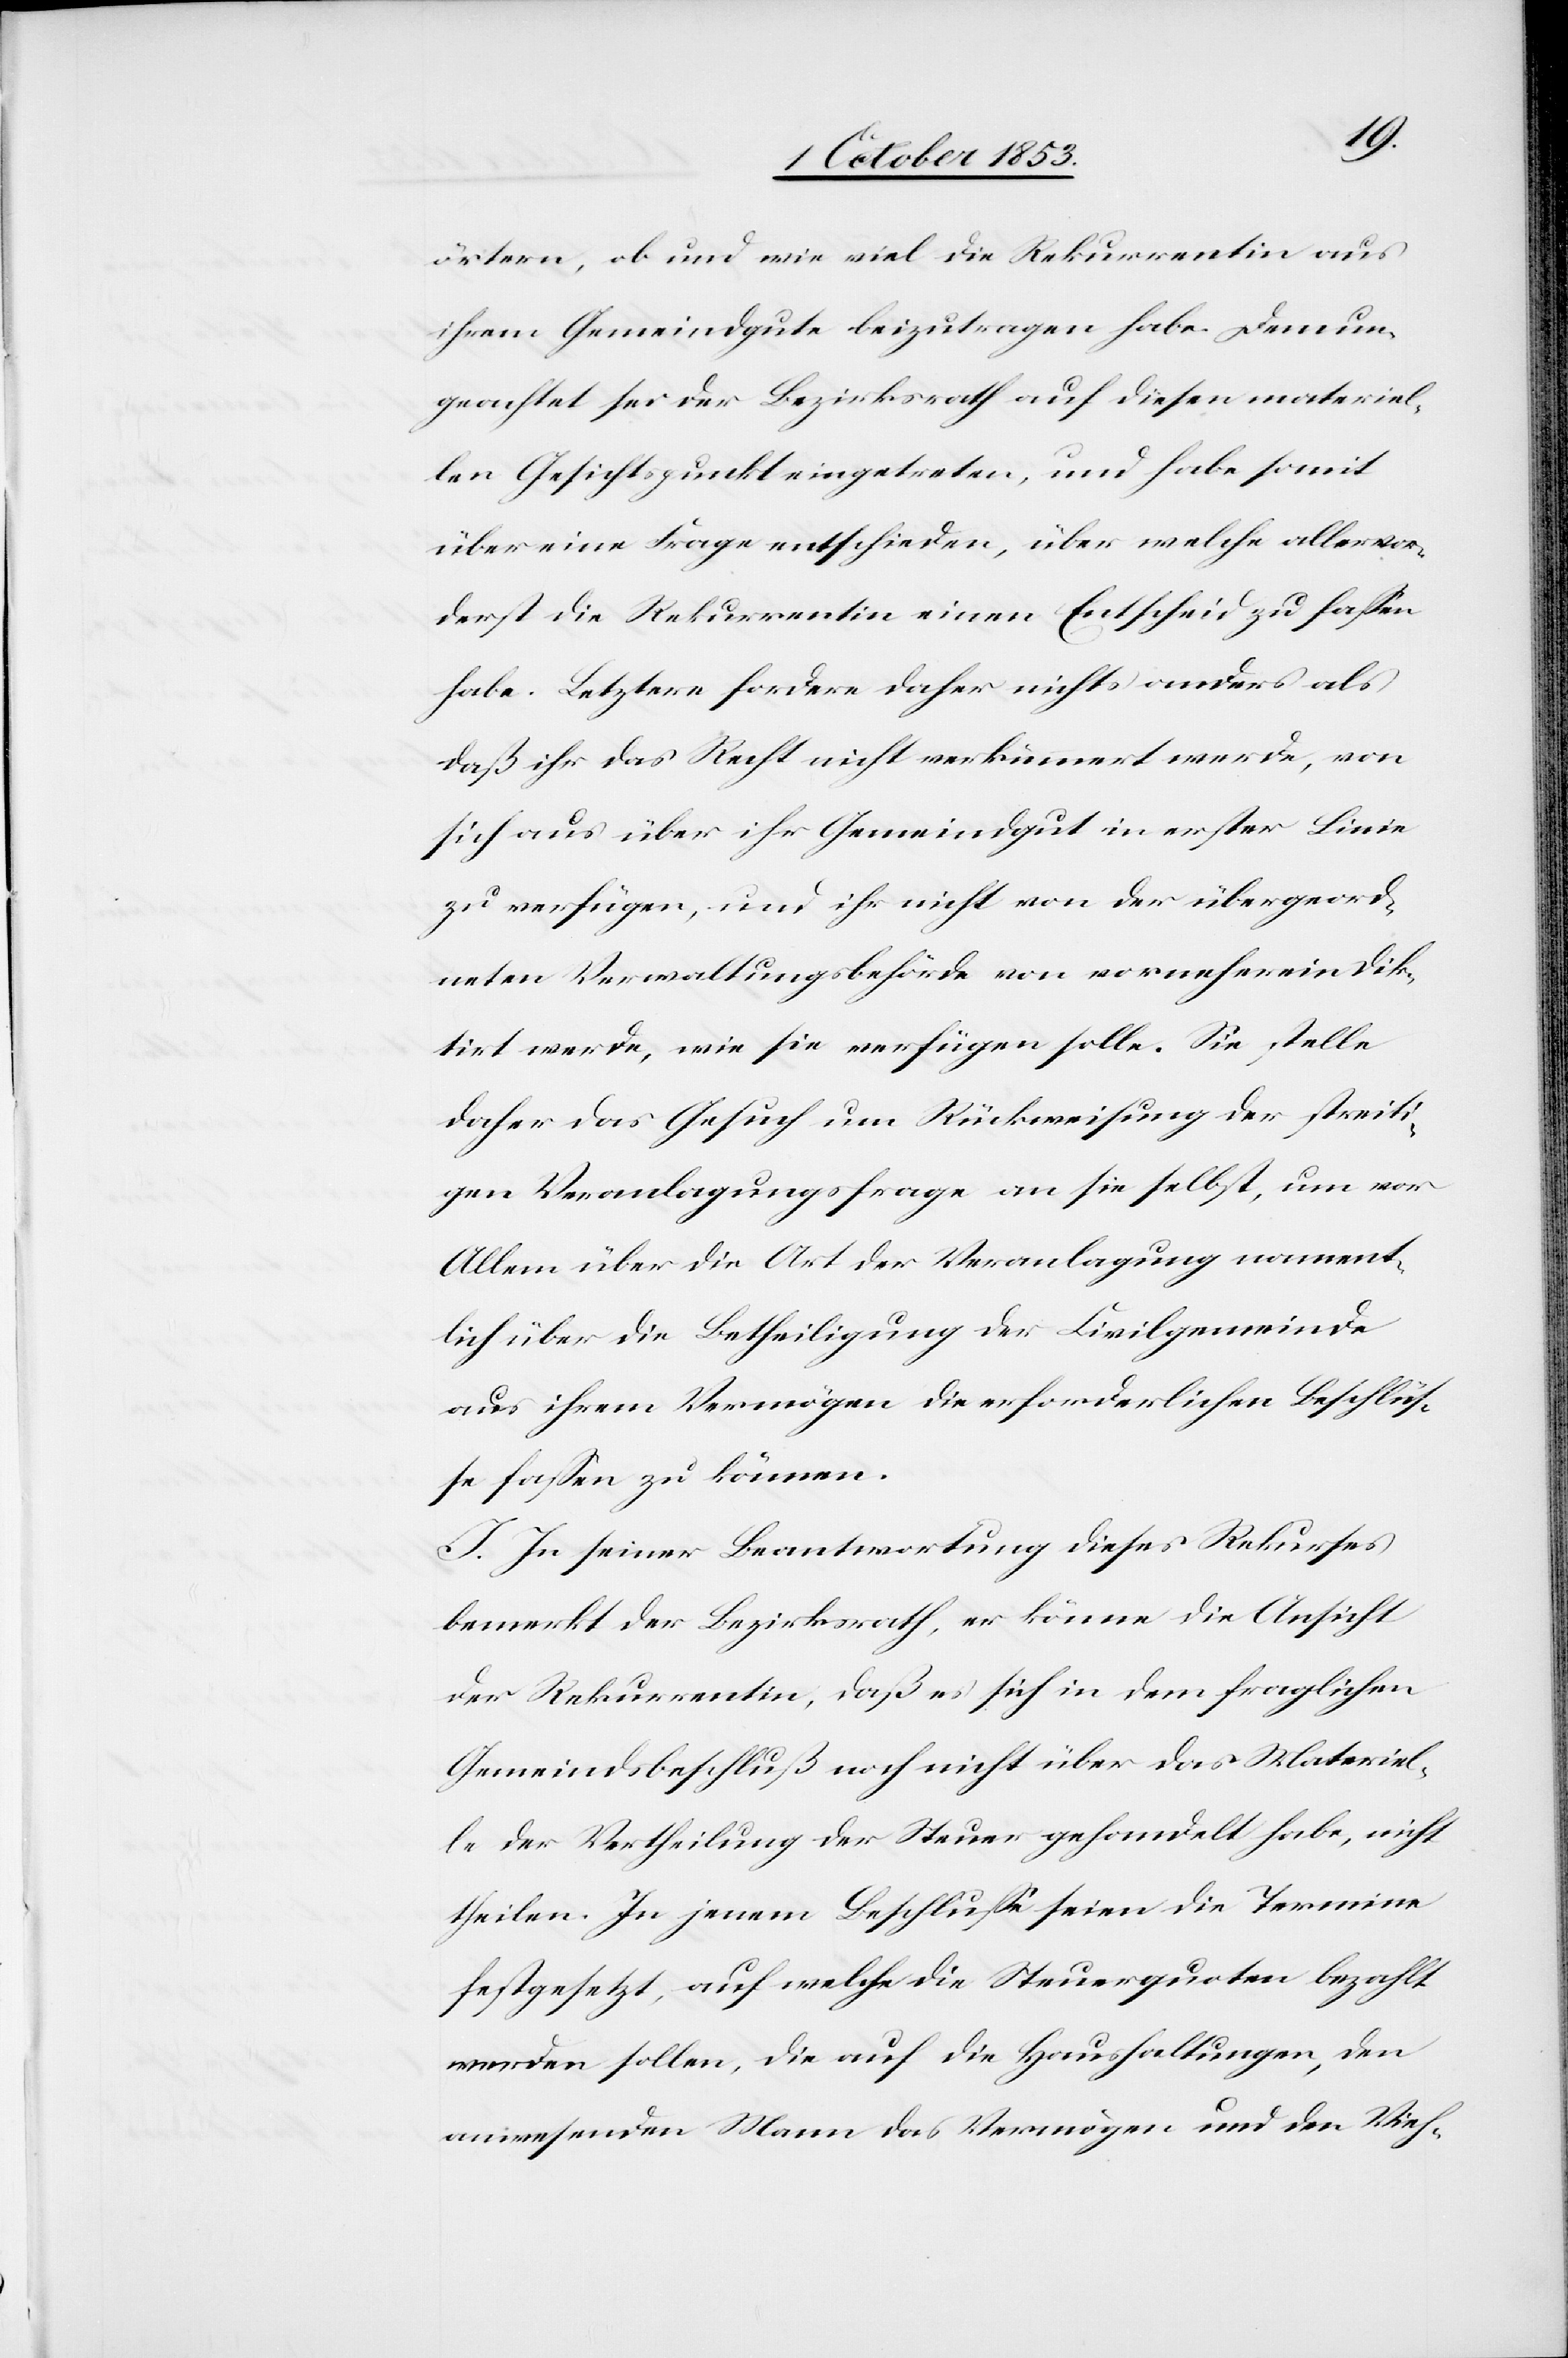
örtern, ob und wie viel die Rekurrentin aus
ihrem Gemeindsbanne beizutragen habe. Demun¬
geachtet sei der Bezirksrath auf diesen materiel¬
len Gesichtspunkt eingetreten, und habe somit
über eine Frage entschieden, über welche allervor¬
derst die Rekurrentin einen Entscheid zu faßen
habe. Letztere fordere daher nichts anders als
daß ihr das Recht nicht verkennt werde, von
sich aus über ihr Gemeindgut in erster Linie
zu verfügen, und ihr nicht von der übergeord¬
neten Verwaltungsbehörde von vorneherein dik¬
tirt werde, wie sie verfügen solle. Sie stelle
daher das Gesuch um Rückweisung der streiti¬
gen Veranlagungsfrage an sie selbst, um vor
Allem über die Art der Veranlagung nament¬
lich über die Betheiligung der Civilgemeinde
aus ihrem Vermögen die erforderlichen Beschlüß¬
e faßen zu können.
J. In seiner Beantwortung dieses Rekurses
bemerkt der Bezirksrath, er könne die Ansicht
der Rekurrentin, daß es sich in dem fraglichen
Gemeindsbeschluß noch nicht über das Materiel¬
le der Vertheilung der Steuer gehandelt habe, nicht
theilen. In jenem Beschluße seien die Termine
festgesetzt, auf welche die Steuerquoten bezahlt
werden sollen, die auf die Haushaltungen, den
anwesenden Mann das Vermögen und den Vieh-